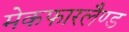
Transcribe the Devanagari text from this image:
मेकफारलैण्ड